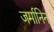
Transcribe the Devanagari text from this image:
जर्मानिन